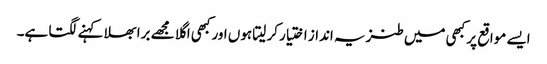
ایسے مواقع پر کبھی میں طنزیہ انداز اختیار کر لیتا ہوں اور کبھی اگلا مجھے برا بھلا کہنے لگتا ہے۔